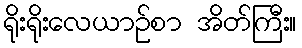
ရိုးရိုးလေယာဉ်စာ အိတ်ကြီး။